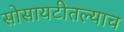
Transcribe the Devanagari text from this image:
सोसायटीतल्याच